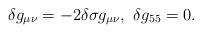
LaTeX: \begin{align*}\delta g_{\mu\nu}=-2\delta\sigma g_{\mu\nu},~\delta g_{55}=0 .\end{align*}